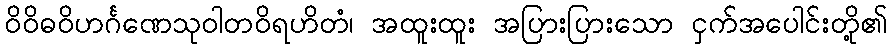
ဝိဝိဓဝိဟင်္ဂဏေသုဝါတဝိရဟိတံ၊ အထူးထူး အပြားပြားသော ငှက်အပေါင်းတို့၏